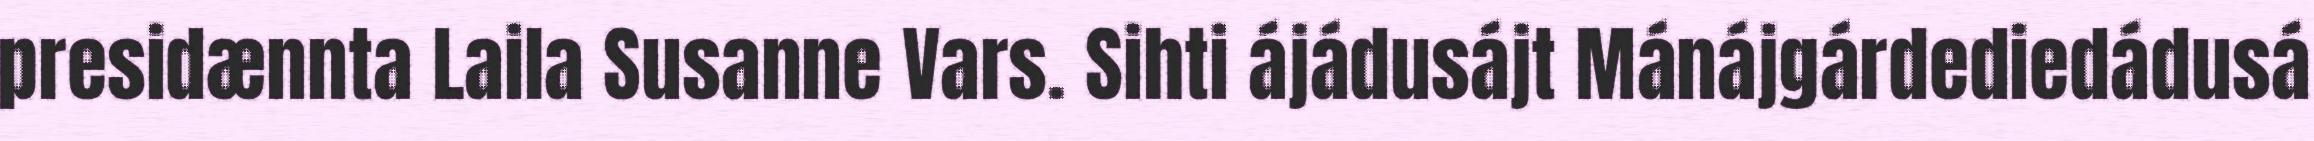
presidænnta Laila Susanne Vars. Sihti ájádusájt Mánájgárdediedádusá